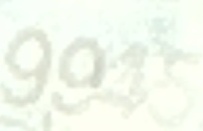
9945